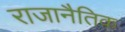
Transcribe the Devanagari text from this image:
राजानैतिक